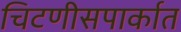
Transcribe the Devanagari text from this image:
चिटणीसपार्कात